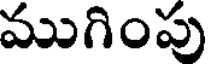
ముగింపు